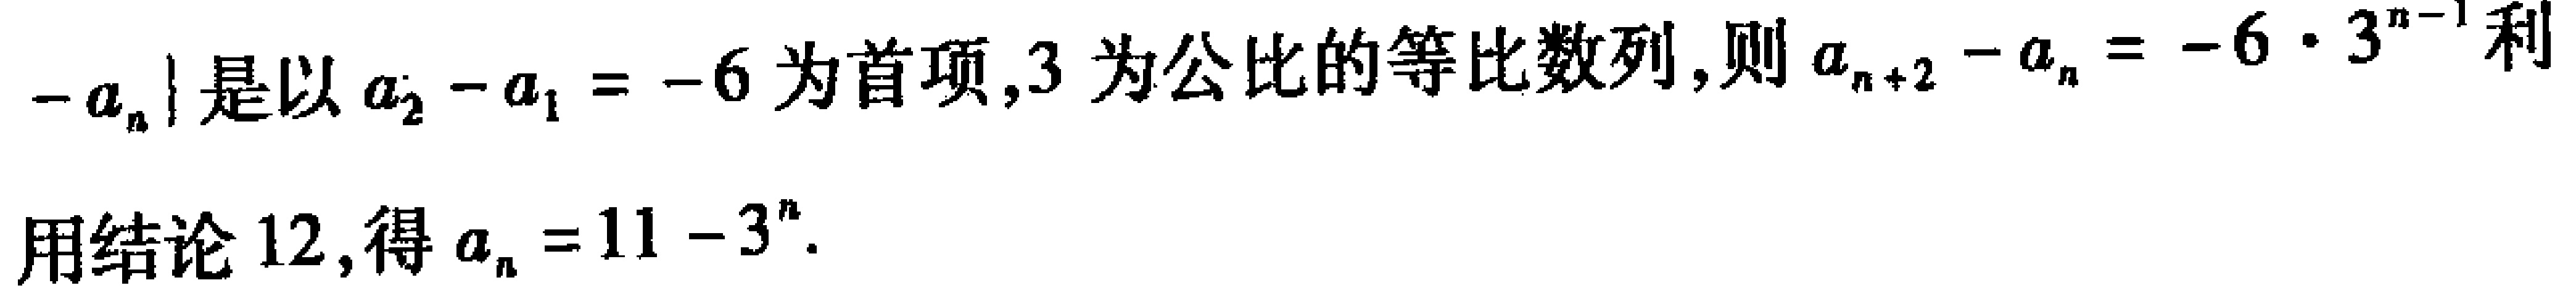
\(-a_{n}\}是以a_{2}-a_{1} = -6为首项,3为公比的等比数列,则a_{n + 2}-a_{n}=-6\cdot3^{n - 1}利\\用结论12,得a_{n}=11 - 3^{n}.\)